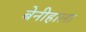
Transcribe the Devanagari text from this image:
बेनीहाला